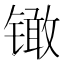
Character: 𰾳